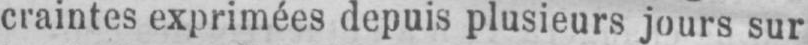
craintes exprimées depuis plusieurs jours sur